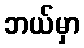
ဘယ်မှာ